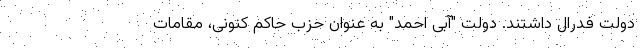
دولت فدرال داشتند. دولت "آبی احمد" به عنوان حزب حاکم کنونی، مقامات